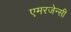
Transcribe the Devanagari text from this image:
एमरजेन्सी